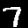
Digit: 7